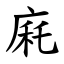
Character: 㢉